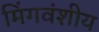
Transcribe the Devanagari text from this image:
मिंगवंशीय